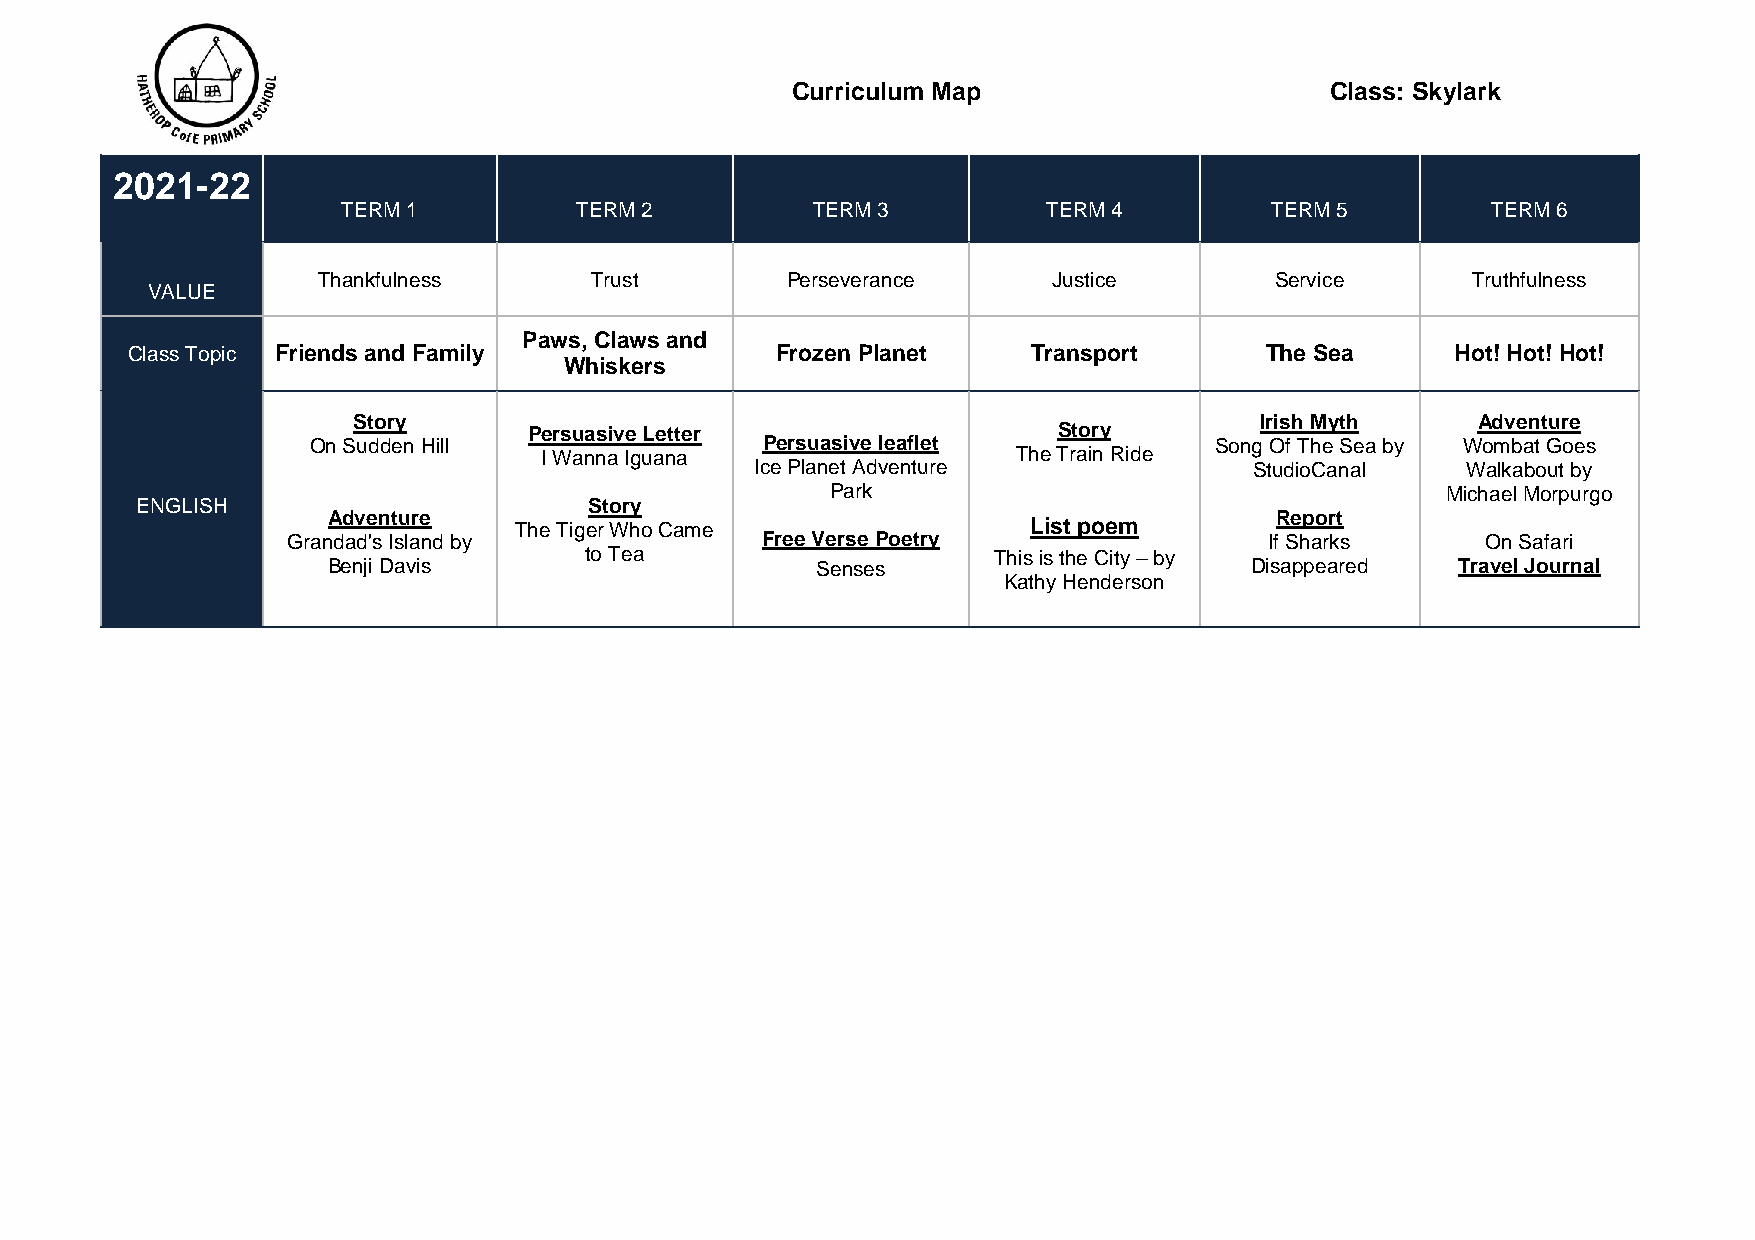
Curriculum Map                      Class: Skylark
 2021-22
 TERM 1         TERM 2          TERM 3         TERM 4         TERM 5         TERM 6
 Thankfulness      Trust        Perseverance      Justice       Service      Truthfulness
 VALUE
 Paws, Claws and
 Class Topic Friends and Family             Frozen Planet    Transport       The Sea     Hot! Hot! Hot!
 Whiskers
 Story                                                       Irish Myth     Adventure
 Persuasive Letter                  Story
 On Sudden Hill                Persuasive leaflet            Song Of The Sea by Wombat Goes
 I Wanna Iguana                 The Train Ride
 Ice Planet Adventure             StudioCanal   Walkabout by
 Park                                     Michael Morpurgo
 ENGLISH                       Story
 Adventure                                                     Report
 The Tiger Who Came                List poem
 Grandad's Island by            Free Verse Poetry                 If Sharks     On Safari
 to Tea                     This is the City – by
 Benji Davis                     Senses                       Disappeared  Travel Journal
 Kathy Henderson